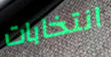
انتخابات